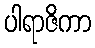
ပါရာဇိကာ